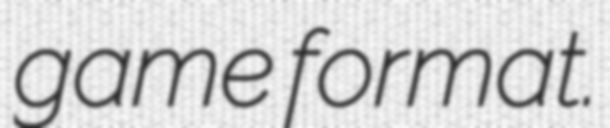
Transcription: game format.